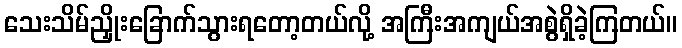
သေးသိမ်ညှိုးခြောက်သွားရတော့တယ်လို့ အကြီးအကျယ်အစွဲရှိခဲ့ကြတယ်။